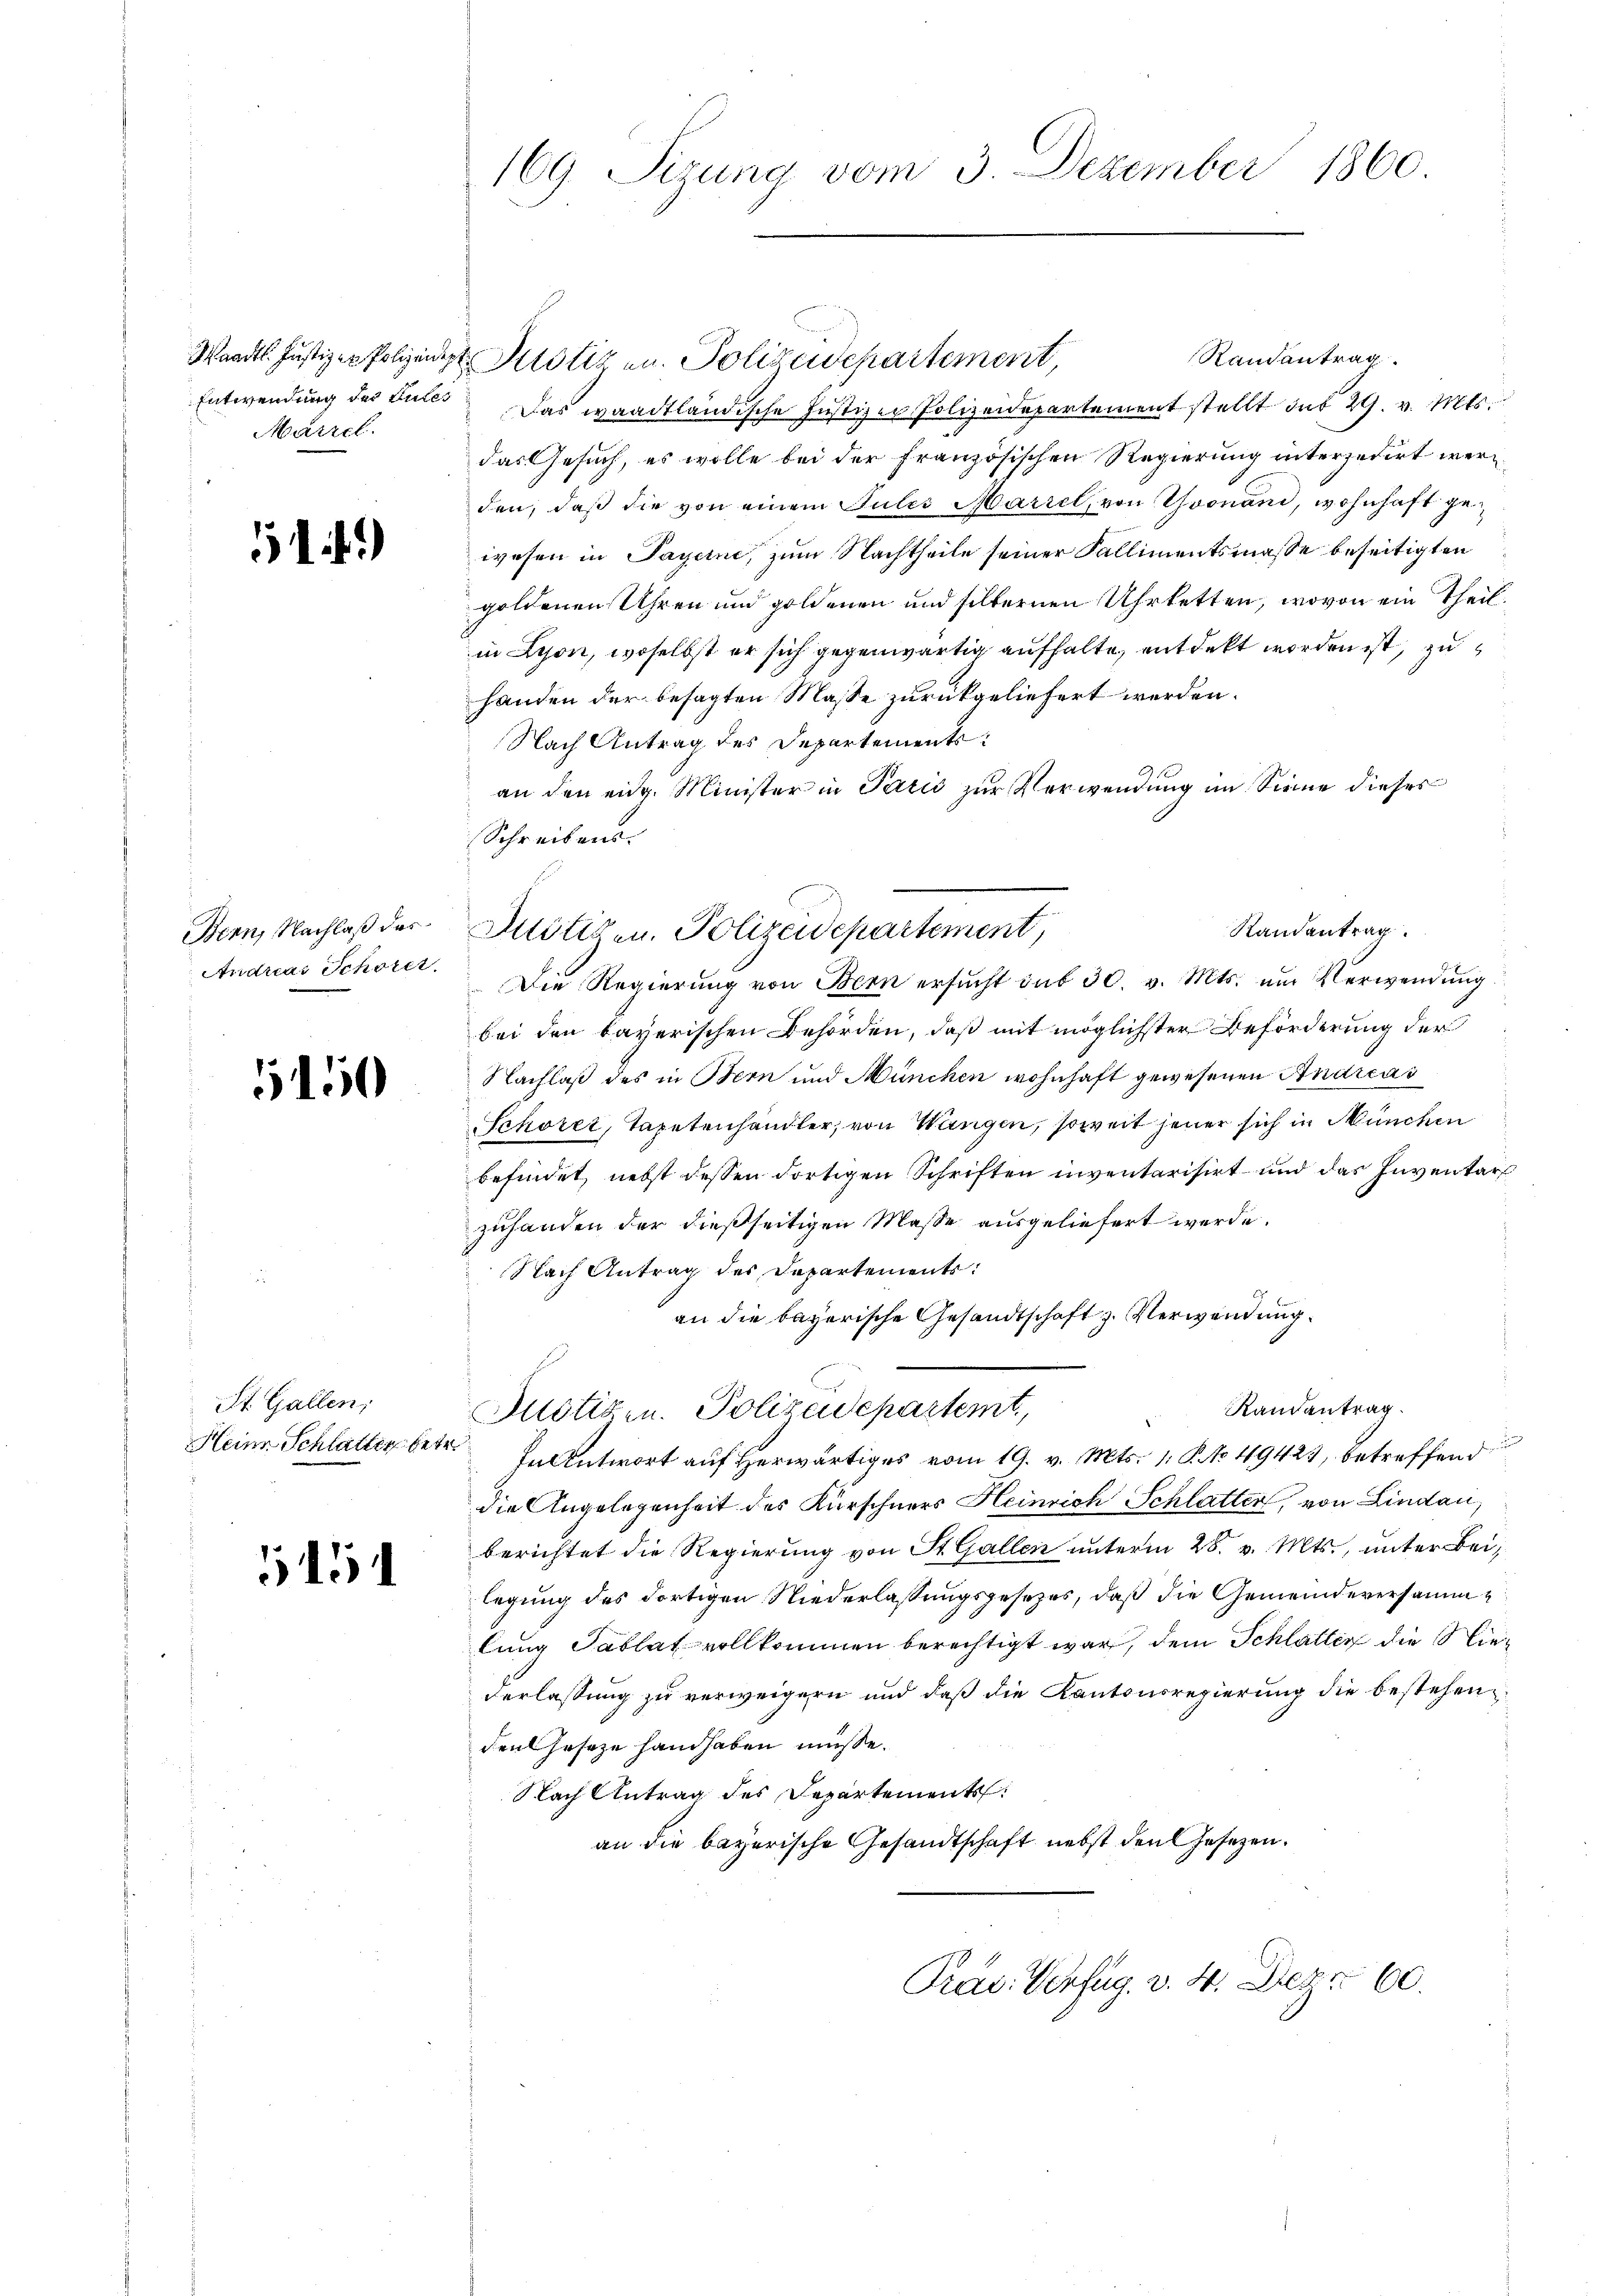
Marzel.

514.

Bern, Nachlaß das
Andreas Schoret

150

St. Gallen,

515

169. Sizung vom 3. Dezember 1860.

Randantrag
Entwendung des Gutes Das waadtländische Justizer Polizeidepartement stellt sub 29. v. Mts.
das Gesuch, es wolle bei der französischen Regierung interzedirt werden, daß die von einem Julis Mariel, von Yvonand, wohnhaft gewesen in Payerne, zum Nachtheile seiner Fallimentsmasse beseitigten
goldenen Uhren und goldenen und silbernen Uhr tetten, wovon ein Theil.
in Lyon, woselbst er sich gegenwärtig aufhalte, entdekt worden ist, zuhanden der besagten Masse zurückgeliefert werden.
Nach Antrag des Departements
an den eidg. Minister in Parić zur Verwendung im Sinne dieses
Schreibens.
Die Regierung von Bern ersŭcht das 30. v. Mts. um Verwendung
bei den bayerischen Behörden, daß mit möglichster Beförderung der
Nachlaß des in Bern und München wohnhaft gewesenen Andreas
Schorer, Tapetenhändler, von Wangen, soweit jener sich in München
befindet, nebst dessen dortigen Schriften inventarisirt und das Inventars
zuhanden der dießseitigen Masse ausgeliefert werde.
Nach Antrag des Departements:
an die bayerische Gesandtschaft z. Verwendung
Randantrag
Justigen. Polizeidepartemt,
Heim. Schlatter betr. In Antwort auf herwärtiges vom 19. v. Mts. 1. P. No 49423, betreffend
die Angelegenheit des Kürschners Heinrich Schlatter, von Lindau,
berichtet die Regierung von St. Gallen unterm 28. v. Mts., unter Beilegung des dortigen Niederlassungsgesetzes, daß die Gemeindeversammlung Tablat vollkommen berechtigt war, dem Schlatten die Niederlassung zu verweigern und daß die Kantonsregierung die bestehenden Geseze handhaben müsse.
Nach Antrag des Departement
an die bayerische Gesandtschaft nebst den Gesetzen.
Präs. Verfug. v. 4. Dez. 60.

Waadt. Justiz er Polizei Potiz an. Polizeidepartement,

Randantrag
Justizen. Polizeidepartement,